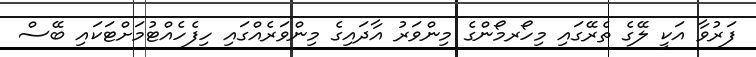
ފަރުވާ އަކީ ލޭގެ ތެރޭގައި މިހޯރމޯންގެ މިންވަރު އާދައިގެ މިންވަރެއްގައި ހިފެހެއްޓުމަށްޓަކައި ބޭސް